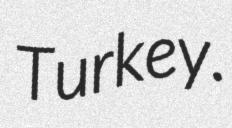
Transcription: Turkey.